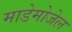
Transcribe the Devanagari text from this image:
माडेमोजेल